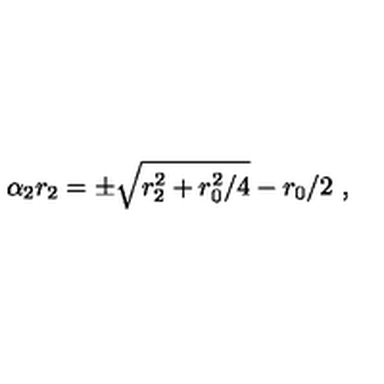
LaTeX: \alpha _ { 2 } r _ { 2 } = \pm \sqrt { r _ { 2 } ^ { 2 } + { r _ { 0 } ^ { 2 } / 4 } } - r _ { 0 } / 2 \ ,